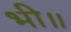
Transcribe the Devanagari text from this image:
भी॥